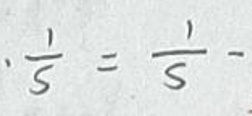
\(\frac{1}{s}=\frac{1}{S}-\)